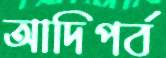
আদিপর্ব